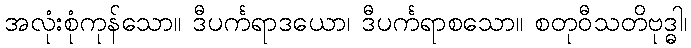
အလုံးစုံကုန်သော။ ဒီပင်္ကရာဒယော၊ ဒီပင်္ကရာစသော။ စတုဝီသတိဗုဒ္ဓါ၊